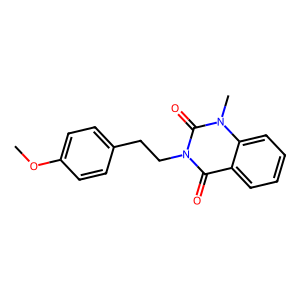
SMILES: COc1ccc(CCn2c(=O)c3ccccc3n(C)c2=O)cc1
Inhibits HIV replication: No